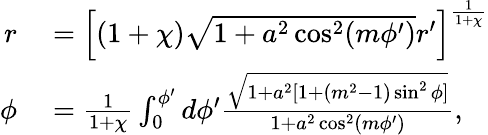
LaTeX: \begin{array}{rl}{r}&{{}=\left[(1+\chi)\sqrt{1+a^{2}\cos^{2}(m\phi^{\prime})}r^{\prime}\right]^{\frac{1}{1+\chi}}}\\ {\phi}&{{}=\frac{1}{1+\chi}\int_{0}^{\phi^{\prime}}d\phi^{\prime}\frac{\sqrt{1+a^{2}[1+(m^{2}-1)\sin^{2}\phi]}}{1+a^{2}\cos^{2}(m\phi^{\prime})},}\end{array}